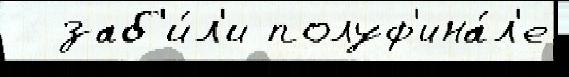
  заб'и́л'и полуф'ина́л'е